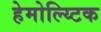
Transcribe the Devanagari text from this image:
हेमोल्य्टिक